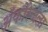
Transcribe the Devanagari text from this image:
अँकोरेजला